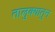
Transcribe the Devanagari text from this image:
तालुक्यातुन